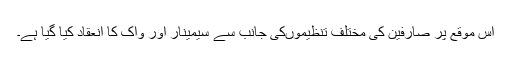
اس موقع پر صارفین کی مختلف تنظیموںکی جانب سے سیمینار اور واک کا انعقاد کیا گیا ہے۔